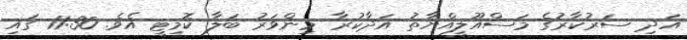
އަދި ސަރުކާރުގެ މަސްއޫލީއްޔާތު އަދާކުރާ މިންވަރު ބަލާ ކޮމިޓީ އެވެ. 11:30 ގައި